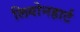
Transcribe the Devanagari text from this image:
लियोनहार्ट